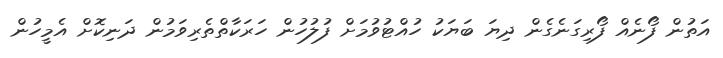
އަތުން ފޯނެއް ފޯރިގަނެގެން ދިޔަ ބަޔަކު ހުއްޓުވުމަށް ފުލުހުން ހަރަކާތްތެރިވަމުން ދަނިކޮށް އެމީހުން